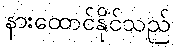
နားထောင်နိုင်သည်